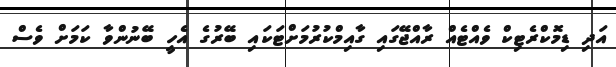
އަދި ޑިމޮކްރެޓިކް ވެއްޓެއް ރާއްޖޭގައި ގާއިމްކުރުމަށްޓަކައި ބޭރުގެ އެހީ ބޭނުންވާ ކަމަށް ވެސް